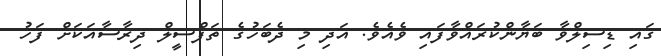
ގައި ޑިސިލްވާ ބަޔާންކުރައްވާފައި ވެއެވެ. އަދި މި ދެބަހުގެ ތަފްސީލް ދިރާސާއަކަށް ފަހު